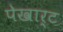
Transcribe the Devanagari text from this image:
पेखार्ट